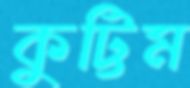
কুট্টিম